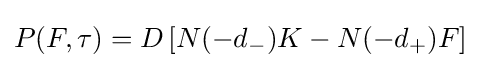
P(F,\tau )=D\left[N(-d_{-})K-N(-d_{+})F\right]